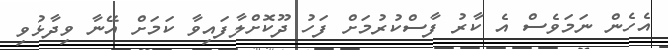
އެހެން ނަމަވެސް އެ ކާރު ފާސްކުރުމަށް ފަހު ދޫކޮށްލާފައިވާ ކަމަށް އޭނާ ވިދާޅުވި